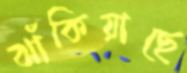
ঝাঁকিয়াছে